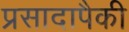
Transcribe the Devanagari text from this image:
प्रसादापैकी